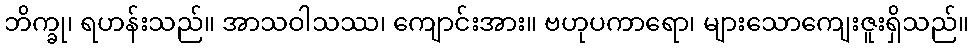
ဘိက္ခု၊ ရဟန်းသည်။ အာသဝါသဿ၊ ကျောင်းအား။ ဗဟုပကာရော၊ များသောကျေးဇူးရှိသည်။